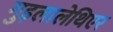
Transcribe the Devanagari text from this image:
गुइलालेथिएर